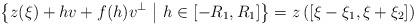
LaTeX: \begin{align*} \left\{z(\xi) + hv + f(h) v^\perp \,\,\big|\,\, h\in [-R_{1},R_{1}]\right\} = z \left( \left[\xi-\xi_1,\xi+\xi_2 \right] \right) \end{align*}